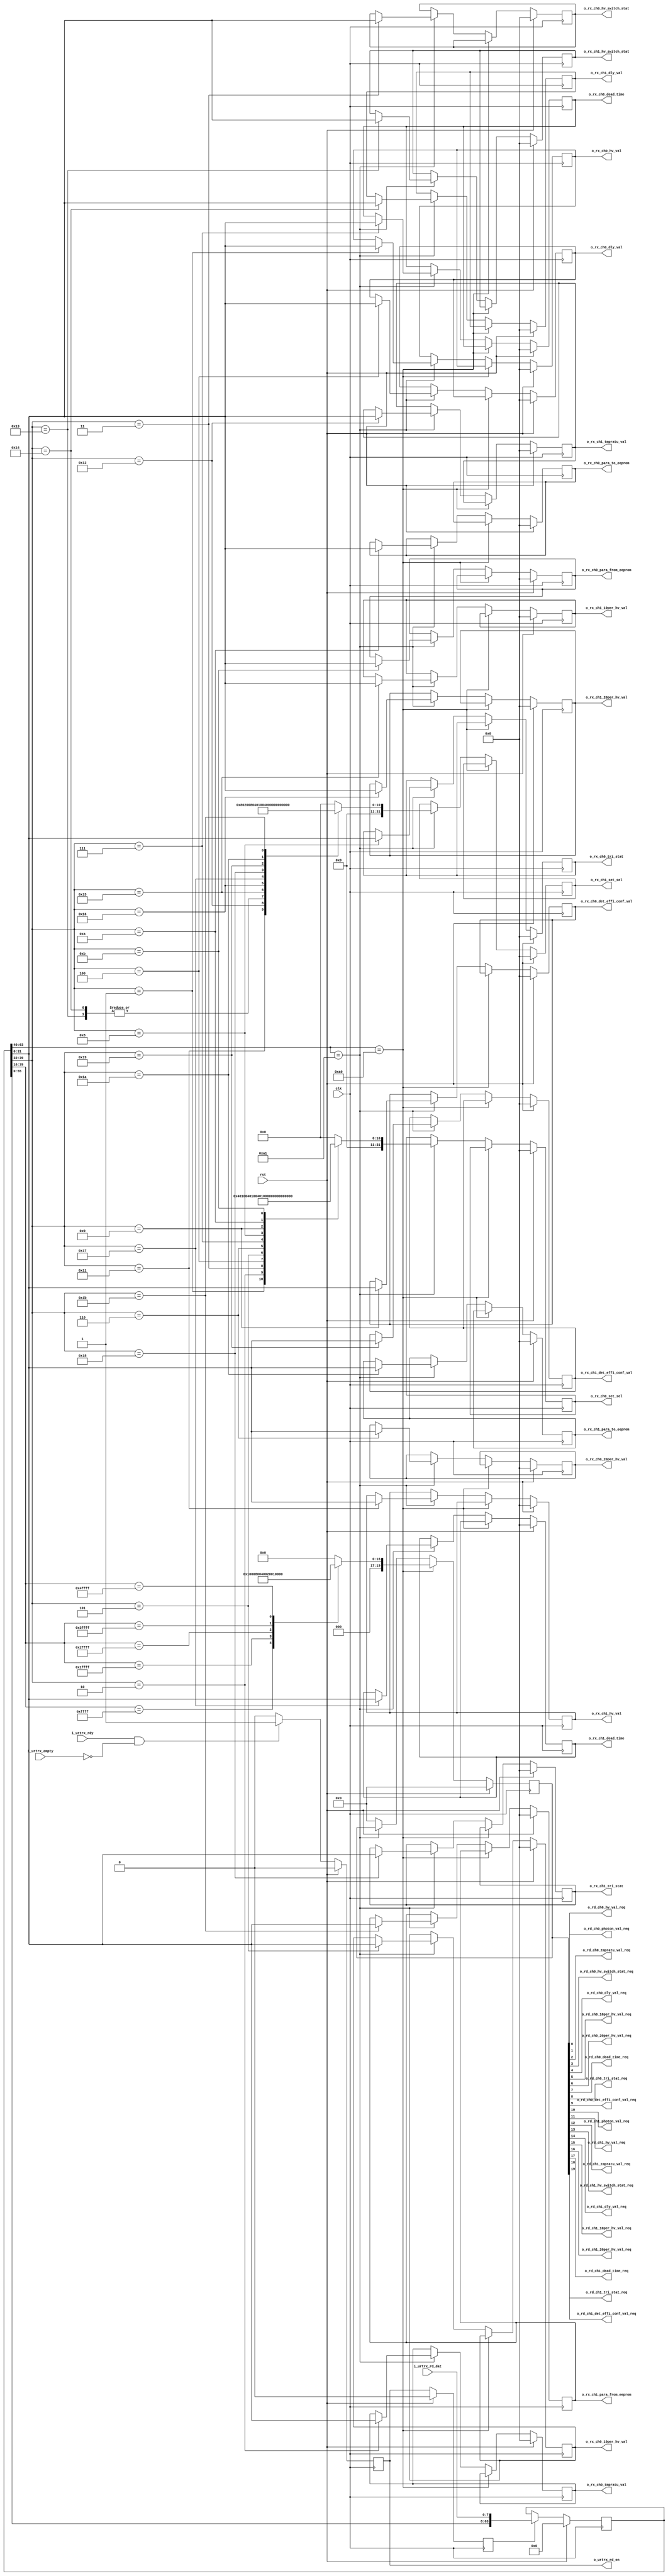
module urt_rx_analy
(
    input  wire        clk,
    input  wire        rst,

    output reg         o_urtrx_rd_en,
    input  wire [7:0]  i_urtrx_rd_dat,
    input  wire        i_urtrx_empty,
    input  wire        i_urtrx_rdy,

    output wire [00:0] o_rd_ch0_photon_val_req,
    output wire [00:0] o_rd_ch0_hv_val_req,
    output wire [00:0] o_rd_ch0_tmpratu_val_req,
    output wire [00:0] o_rd_ch0_hv_switch_stat_req,
    output wire [00:0] o_rd_ch0_dly_val_req,
    output wire [00:0] o_rd_ch0_10per_hv_val_req,
    output wire [00:0] o_rd_ch0_20per_hv_val_req,
    output wire [00:0] o_rd_ch0_dead_time_req,
    output wire [00:0] o_rd_ch0_tri_stat_req,
    output wire [00:0] o_rd_ch0_det_effi_conf_val_req,

    output wire [00:0] o_rd_ch1_photon_val_req,
    output wire [00:0] o_rd_ch1_hv_val_req,
    output wire [00:0] o_rd_ch1_tmpratu_val_req,
    output wire [00:0] o_rd_ch1_hv_switch_stat_req,
    output wire [00:0] o_rd_ch1_dly_val_req,
    output wire [00:0] o_rd_ch1_10per_hv_val_req,
    output wire [00:0] o_rd_ch1_20per_hv_val_req,
    output wire [00:0] o_rd_ch1_dead_time_req,
    output wire [00:0] o_rd_ch1_tri_stat_req,
    output wire [00:0] o_rd_ch1_det_effi_conf_val_req,

    output reg  [31:0] o_rx_ch0_set_sel,                  //[10:0]
    output reg  [31:0] o_rx_ch0_hv_val,                   //[15:0]
    output reg  [31:0] o_rx_ch0_tmpratu_val,              //[15:0]
    output reg  [31:0] o_rx_ch0_hv_switch_stat,           //[15:0]
    output reg  [31:0] o_rx_ch0_dly_val,                  //[32:0]
    output reg  [31:0] o_rx_ch0_10per_hv_val,             //[15:0]
    output reg  [31:0] o_rx_ch0_20per_hv_val,             //[15:0]
    output reg  [31:0] o_rx_ch0_dead_time,                //[15:0]
    output reg  [31:0] o_rx_ch0_tri_stat,                 //[15:0]
    output reg  [31:0] o_rx_ch0_det_effi_conf_val,        //[15:0]
    output reg  [31:0] o_rx_ch0_para_to_eeprom,           //[15:0]
    output reg  [31:0] o_rx_ch0_para_from_eeprom,         //[15:0]

    output reg  [31:0] o_rx_ch1_set_sel,                  //[10:0]
    output reg  [31:0] o_rx_ch1_hv_val,                   //[15:0]
    output reg  [31:0] o_rx_ch1_tmpratu_val,              //[15:0]
    output reg  [31:0] o_rx_ch1_hv_switch_stat,           //[15:0]
    output reg  [31:0] o_rx_ch1_dly_val,                  //[32:0]
    output reg  [31:0] o_rx_ch1_10per_hv_val,             //[15:0]
    output reg  [31:0] o_rx_ch1_20per_hv_val,             //[15:0]
    output reg  [31:0] o_rx_ch1_dead_time,                //[15:0]
    output reg  [31:0] o_rx_ch1_tri_stat,                 //[15:0]
    output reg  [31:0] o_rx_ch1_det_effi_conf_val,        //[15:0]
    output reg  [31:0] o_rx_ch1_para_to_eeprom,           //[15:0]
    output reg  [31:0] o_rx_ch1_para_from_eeprom          //[15:0]
);


reg [63:0] urt_rx_dat_reg;
reg urtrx_rd_dat_vld;
reg [19:0] urt_rd_req;

always@(posedge clk)
    if(rst) o_urtrx_rd_en <= 1'b0;
    else if(i_urtrx_rdy && !i_urtrx_empty)o_urtrx_rd_en <= 1'b1;
    else o_urtrx_rd_en <= 1'b0;

always@(posedge clk)
    if(rst) urtrx_rd_dat_vld <= 1'b0;
    else urtrx_rd_dat_vld <= o_urtrx_rd_en;

always@(posedge clk)
    if(rst) urt_rx_dat_reg <= 'h0;
    else if(urtrx_rd_dat_vld)  urt_rx_dat_reg <= {urt_rx_dat_reg[55:0],i_urtrx_rd_dat};
    else urt_rx_dat_reg <= urt_rx_dat_reg;

assign  o_rd_ch0_photon_val_req        = urt_rd_req[0 ];
assign  o_rd_ch0_hv_val_req            = urt_rd_req[1 ];
assign  o_rd_ch0_tmpratu_val_req       = urt_rd_req[2 ];
assign  o_rd_ch0_hv_switch_stat_req    = urt_rd_req[3 ];
assign  o_rd_ch0_dly_val_req           = urt_rd_req[4 ];
assign  o_rd_ch0_10per_hv_val_req      = urt_rd_req[5 ];
assign  o_rd_ch0_20per_hv_val_req      = urt_rd_req[6 ];
assign  o_rd_ch0_dead_time_req         = urt_rd_req[7 ];
assign  o_rd_ch0_tri_stat_req          = urt_rd_req[8 ];
assign  o_rd_ch0_det_effi_conf_val_req = urt_rd_req[9 ];

assign  o_rd_ch1_photon_val_req        = urt_rd_req[10];
assign  o_rd_ch1_hv_val_req            = urt_rd_req[11];
assign  o_rd_ch1_tmpratu_val_req       = urt_rd_req[12];
assign  o_rd_ch1_hv_switch_stat_req    = urt_rd_req[13];
assign  o_rd_ch1_dly_val_req           = urt_rd_req[14];
assign  o_rd_ch1_10per_hv_val_req      = urt_rd_req[15];
assign  o_rd_ch1_20per_hv_val_req      = urt_rd_req[16];
assign  o_rd_ch1_dead_time_req         = urt_rd_req[17];
assign  o_rd_ch1_tri_stat_req          = urt_rd_req[18];
assign  o_rd_ch1_det_effi_conf_val_req = urt_rd_req[19];

always@(posedge clk)
    if(rst)begin
        urt_rd_req <= 20'h00000;

        o_rx_ch0_set_sel           <='h0;
        o_rx_ch1_set_sel           <='h0;

        o_rx_ch0_hv_val            <='h0;
        o_rx_ch0_tmpratu_val       <='h0;
        o_rx_ch0_hv_switch_stat    <='h0;
        o_rx_ch0_dly_val           <='h0;
        o_rx_ch0_10per_hv_val      <='h0;
        o_rx_ch0_20per_hv_val      <='h0;
        o_rx_ch0_dead_time         <='h0;
        o_rx_ch0_tri_stat          <='h0;
        o_rx_ch0_det_effi_conf_val <='h0;
        o_rx_ch0_para_to_eeprom    <='h0;
        o_rx_ch0_para_from_eeprom  <='h0;

        o_rx_ch1_hv_val            <='h0;
        o_rx_ch1_tmpratu_val       <='h0;
        o_rx_ch1_hv_switch_stat    <='h0;
        o_rx_ch1_dly_val           <='h0;
        o_rx_ch1_10per_hv_val      <='h0;
        o_rx_ch1_20per_hv_val      <='h0;
        o_rx_ch1_dead_time         <='h0;
        o_rx_ch1_tri_stat          <='h0;
        o_rx_ch1_det_effi_conf_val <='h0;
        o_rx_ch1_para_to_eeprom    <='h0;
        o_rx_ch1_para_from_eeprom  <='h0;

   // end else if(urt_rx_dat_reg[63:40]==8'hA5A5A0)begin
	end else if(urt_rx_dat_reg[63:40]==8'hEB90A0)begin
        case(urt_rx_dat_reg[39:16])
            24'h00FFFF:  urt_rd_req <= 20'h0000_0000_0000_0000_0001;
            24'h01FFFF:  urt_rd_req <= 20'h0000_0000_0000_0000_0010;
            24'h02FFFF:  urt_rd_req <= 20'h0000_0000_0000_0000_0100;
            24'h03FFFF:  urt_rd_req <= 20'h0000_0000_0000_0000_1000;
            24'h04FFFF:  urt_rd_req <= 20'h0000_0000_0000_0001_0000;
            24'h05FFFF:  urt_rd_req <= 20'h0000_0000_0000_0010_0000;
            24'h06FFFF:  urt_rd_req <= 20'h0000_0000_0000_0100_0000;
            24'h07FFFF:  urt_rd_req <= 20'h0000_0000_0000_1000_0000;
            24'h08FFFF:  urt_rd_req <= 20'h0000_0000_0001_0000_0000;
            24'h09FFFF:  urt_rd_req <= 20'h0000_0000_0010_0000_0000;
            24'h10FFFF:  urt_rd_req <= 20'h0000_0000_0100_0000_0000;
            24'h11FFFF:  urt_rd_req <= 20'h0000_0000_1000_0000_0000;
            24'h12FFFF:  urt_rd_req <= 20'h0000_0001_0000_0000_0000;
            24'h13FFFF:  urt_rd_req <= 20'h0000_0010_0000_0000_0000;
            24'h14FFFF:  urt_rd_req <= 20'h0000_0100_0000_0000_0000;
            24'h15FFFF:  urt_rd_req <= 20'h0000_1000_0000_0000_0000;
            24'h16FFFF:  urt_rd_req <= 20'h0001_0000_0000_0000_0000;
            24'h17FFFF:  urt_rd_req <= 20'h0010_0000_0000_0000_0000;
            24'h18FFFF:  urt_rd_req <= 20'h0100_0000_0000_0000_0000;
            24'h19FFFF:  urt_rd_req <= 20'h1000_0000_0000_0000_0000;
            default   :  urt_rd_req <= 20'h0000_0000_0000_0000_0000;
        endcase

    //end else if(urt_rx_dat_reg[63:40]==8'hA5A5A1)begin
	 end else if(urt_rx_dat_reg[63:40]==8'hEB90A1)begin
        case(urt_rx_dat_reg[39:32])
            8'h01: begin o_rx_ch0_hv_val            <= urt_rx_dat_reg[31:0];
                         o_rx_ch0_set_sel           <= 11'b000_0000_0001;
                         o_rx_ch1_set_sel           <= 11'b000_0000_0000;
                   end
            8'h02: begin o_rx_ch0_tmpratu_val       <= urt_rx_dat_reg[31:0];
                         o_rx_ch0_set_sel           <= 11'b000_0000_0010;
                         o_rx_ch1_set_sel           <= 11'b000_0000_0000;
                   end
            8'h03: begin o_rx_ch0_hv_switch_stat    <= urt_rx_dat_reg[31:0];
                         o_rx_ch0_set_sel           <= 11'b000_0000_0100;
                         o_rx_ch1_set_sel           <= 11'b000_0000_0000;
                   end
            8'h04: begin o_rx_ch0_dly_val           <= urt_rx_dat_reg[31:0];
                         o_rx_ch0_set_sel           <= 11'b000_0000_1000;
                         o_rx_ch1_set_sel           <= 11'b000_0000_0000;
                   end
            8'h05: begin o_rx_ch0_10per_hv_val      <= urt_rx_dat_reg[31:0];
                         o_rx_ch0_set_sel           <= 11'b000_0001_0000;
                         o_rx_ch1_set_sel           <= 11'b000_0000_0000;
                   end
            8'h06: begin o_rx_ch0_20per_hv_val      <= urt_rx_dat_reg[31:0];
                         o_rx_ch0_set_sel           <= 11'b000_0010_0000;
                         o_rx_ch1_set_sel           <= 11'b000_0000_0000;
                   end
            8'h07: begin o_rx_ch0_dead_time         <= urt_rx_dat_reg[31:0];
                         o_rx_ch0_set_sel           <= 11'b000_0100_0000;
                         o_rx_ch1_set_sel           <= 11'b000_0000_0000;
                   end
            8'h08: begin o_rx_ch0_tri_stat          <= urt_rx_dat_reg[31:0];
                         o_rx_ch0_set_sel           <= 11'b000_1000_0000;
                         o_rx_ch1_set_sel           <= 11'b000_0000_0000;
                   end
            8'h09: begin o_rx_ch0_det_effi_conf_val <= urt_rx_dat_reg[31:0];
                         o_rx_ch0_set_sel           <= 11'b001_0000_0000;
                         o_rx_ch1_set_sel           <= 11'b000_0000_0000;
                   end
            8'h0A: begin o_rx_ch0_para_to_eeprom    <= urt_rx_dat_reg[31:0];
                         o_rx_ch0_set_sel           <= 11'b010_0000_0000;
                         o_rx_ch1_set_sel           <= 11'b000_0000_0000;
                   end
            8'h0B: begin o_rx_ch0_para_from_eeprom  <= urt_rx_dat_reg[31:0];
                         o_rx_ch0_set_sel           <= 11'b100_0000_0000;
                         o_rx_ch1_set_sel           <= 11'b000_0000_0000;
                   end

            8'h11: begin o_rx_ch1_hv_val            <= urt_rx_dat_reg[31:0];
                         o_rx_ch1_set_sel           <= 11'b000_0000_0001;
                         o_rx_ch0_set_sel           <= 11'b000_0000_0000;
                   end
            8'h12: begin o_rx_ch1_tmpratu_val       <= urt_rx_dat_reg[31:0];
                         o_rx_ch1_set_sel           <= 11'b000_0000_0010;
                         o_rx_ch0_set_sel           <= 11'b000_0000_0000;
                   end
            8'h13: begin o_rx_ch1_hv_switch_stat    <= urt_rx_dat_reg[31:0];
                         o_rx_ch1_set_sel           <= 11'b000_0000_0100;
                         o_rx_ch0_set_sel           <= 11'b000_0000_0000;
                   end
            8'h14: begin o_rx_ch1_dly_val           <= urt_rx_dat_reg[31:0];
                         o_rx_ch1_set_sel           <= 11'b000_0000_0100;
                         o_rx_ch0_set_sel           <= 11'b000_0000_0000;
                   end
            8'h15: begin o_rx_ch1_10per_hv_val      <= urt_rx_dat_reg[31:0];
                         o_rx_ch1_set_sel           <= 11'b000_0001_0000;
                         o_rx_ch0_set_sel           <= 11'b000_0000_0000;
                   end
            8'h16: begin o_rx_ch1_20per_hv_val      <= urt_rx_dat_reg[31:0];
                         o_rx_ch1_set_sel           <= 11'b000_0010_0000;
                         o_rx_ch0_set_sel           <= 11'b000_0000_0000;
                   end
            8'h17: begin o_rx_ch1_dead_time         <= urt_rx_dat_reg[31:0];
                         o_rx_ch1_set_sel           <= 11'b000_0100_0000;
                         o_rx_ch0_set_sel           <= 11'b000_0000_0000;
                   end
            8'h18: begin o_rx_ch1_tri_stat          <= urt_rx_dat_reg[31:0];
                         o_rx_ch1_set_sel           <= 11'b000_1000_0000;
                         o_rx_ch0_set_sel           <= 11'b000_0000_0000;
                   end
            8'h19: begin o_rx_ch1_det_effi_conf_val <= urt_rx_dat_reg[31:0];
                         o_rx_ch1_set_sel           <= 11'b001_0000_0000;
                         o_rx_ch0_set_sel           <= 11'b000_0000_0000;
                   end
            8'h1A: begin o_rx_ch1_para_to_eeprom    <= urt_rx_dat_reg[31:0];
                         o_rx_ch1_set_sel           <= 11'b010_0000_0000;
                         o_rx_ch0_set_sel           <= 11'b000_0000_0000;
                   end
            8'h1B: begin o_rx_ch1_para_from_eeprom  <= urt_rx_dat_reg[31:0];
                         o_rx_ch1_set_sel           <= 11'b100_0000_0000;
                         o_rx_ch0_set_sel           <= 11'b000_0000_0000;
                   end
            default:begin
                         o_rx_ch0_set_sel           <= 11'b000_0000_0000;
                         o_rx_ch1_set_sel           <= 11'b000_0000_0000;
                    end
        endcase

    end else begin

        urt_rd_req <= 20'h00000;
        o_rx_ch0_set_sel <= o_rx_ch0_set_sel;
        o_rx_ch1_set_sel <= o_rx_ch1_set_sel;

        o_rx_ch0_hv_val<=o_rx_ch0_hv_val;
        o_rx_ch0_tmpratu_val<=o_rx_ch0_tmpratu_val;
        o_rx_ch0_hv_switch_stat<=o_rx_ch0_hv_switch_stat;
        o_rx_ch0_dly_val<=o_rx_ch0_dly_val;
        o_rx_ch0_10per_hv_val<=o_rx_ch0_10per_hv_val;
        o_rx_ch0_20per_hv_val<=o_rx_ch0_20per_hv_val;
        o_rx_ch0_dead_time<=o_rx_ch0_dead_time;
        o_rx_ch0_tri_stat<=o_rx_ch0_tri_stat;
        o_rx_ch0_det_effi_conf_val<=o_rx_ch0_det_effi_conf_val;
        o_rx_ch0_para_to_eeprom<=o_rx_ch0_para_to_eeprom;
        o_rx_ch0_para_from_eeprom<=o_rx_ch0_para_from_eeprom;

        o_rx_ch1_hv_val<=o_rx_ch1_hv_val;
        o_rx_ch1_tmpratu_val<=o_rx_ch1_tmpratu_val;
        o_rx_ch1_hv_switch_stat<=o_rx_ch1_hv_switch_stat;
        o_rx_ch1_dly_val<=o_rx_ch1_dly_val;
        o_rx_ch1_10per_hv_val<=o_rx_ch1_10per_hv_val;
        o_rx_ch1_20per_hv_val<=o_rx_ch1_20per_hv_val;
        o_rx_ch1_dead_time<=o_rx_ch1_dead_time;
        o_rx_ch1_tri_stat<=o_rx_ch1_tri_stat;
        o_rx_ch1_det_effi_conf_val<=o_rx_ch1_det_effi_conf_val;
        o_rx_ch1_para_to_eeprom<=o_rx_ch1_para_to_eeprom;
        o_rx_ch1_para_from_eeprom<=o_rx_ch1_para_from_eeprom;
    end
endmodule